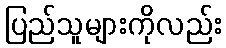
ပြည်သူများကိုလည်း